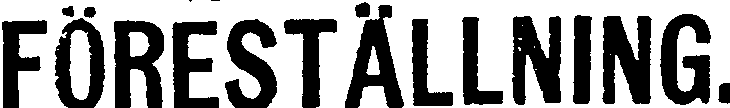
FÖRESTÄLLNING.